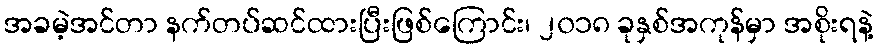
အခမဲ့အင်တာ နက်တပ်ဆင်ထားပြီးဖြစ်ကြောင်း၊ ၂၀၁၈ ခုနှစ်အကုန်မှာ အစိုးရနဲ့